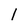
Character: 1